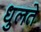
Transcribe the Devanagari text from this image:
धुलते